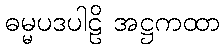
ဓမ္မပဒပါဠိ အဋ္ဌကထာ